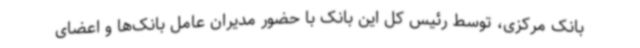
بانک مرکزی، توسط رئیس کل این بانک با حضور مدیران عامل بانک‌ها و اعضای